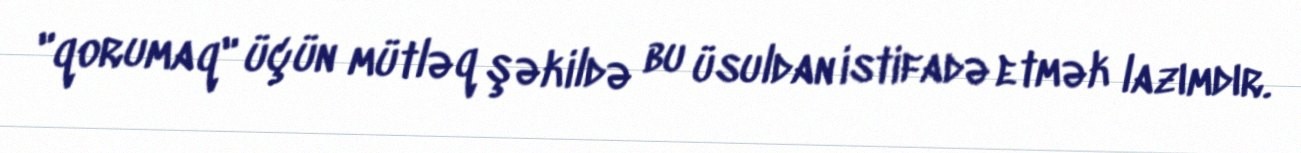
"qorumaq" üçün mütləq şəkildə bu üsuldan istifadə etmək lazımdır.